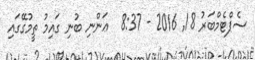
ސެޕްޓެމްބަރު 18